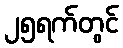
၂၅ရက်တွင်